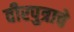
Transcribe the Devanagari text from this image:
वीरपुत्राचे